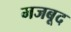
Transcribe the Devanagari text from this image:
मजबूद